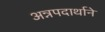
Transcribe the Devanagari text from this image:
अन्नपदार्थाने